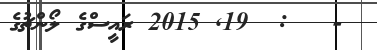
-   :  19